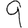
Digit: 9